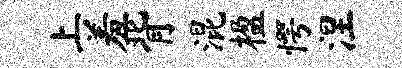
上羞背混楹愕涅